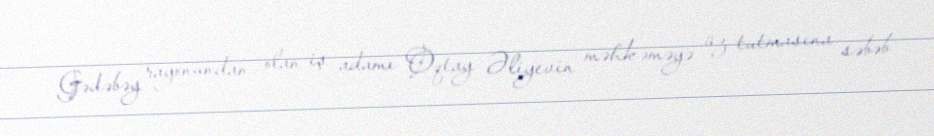
Gədəbəy rayonundan olan iş adamı Oqtay Əliyevin məhkəməyə üz tutmasına səbəb